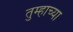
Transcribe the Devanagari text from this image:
तुम्हाच्या